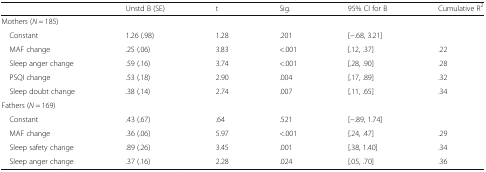
<table><thead><tr><td></td><td><b>Unstd B (SE)</b></td><td><b>t</b></td><td><b>Sig.</b></td><td><b>95% CI for B</b></td><td><b>Cumulative R<sup>2</sup></b></td></tr></thead><tbody><tr><td colspan="6">Mothers (<i>N</i> = 185)</td></tr><tr><td> Constant</td><td>1.26 (.98)</td><td>1.28</td><td>.201</td><td>[−.68, 3.21]</td><td></td></tr><tr><td> MAF change</td><td>.25 (.06)</td><td>3.83</td><td>&lt;.001</td><td>[.12, .37]</td><td>.22</td></tr><tr><td> Sleep anger change</td><td>.59 (.16)</td><td>3.74</td><td>&lt;.001</td><td>[.28, .90]</td><td>.28</td></tr><tr><td> PSQI change</td><td>.53 (.18)</td><td>2.90</td><td>.004</td><td>[.17, .89]</td><td>.32</td></tr><tr><td> Sleep doubt change</td><td>.38 (.14)</td><td>2.74</td><td>.007</td><td>[.11, .65]</td><td>.34</td></tr><tr><td colspan="6">Fathers (<i>N</i> = 169)</td></tr><tr><td> Constant</td><td>.43 (.67)</td><td>.64</td><td>.521</td><td>[−.89, 1.74]</td><td></td></tr><tr><td> MAF change</td><td>.36 (.06)</td><td>5.97</td><td>&lt;.001</td><td>[.24, .47]</td><td>.29</td></tr><tr><td> Sleep safety change</td><td>.89 (.26)</td><td>3.45</td><td>.001</td><td>[.38, 1.40]</td><td>.34</td></tr><tr><td> Sleep anger change</td><td>.37 (.16)</td><td>2.28</td><td>.024</td><td>[.05, .70]</td><td>.36</td></tr></tbody></table>